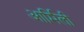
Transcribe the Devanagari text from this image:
आर्मिली